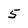
Character: 5